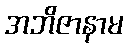
အဘိဇာနာမ